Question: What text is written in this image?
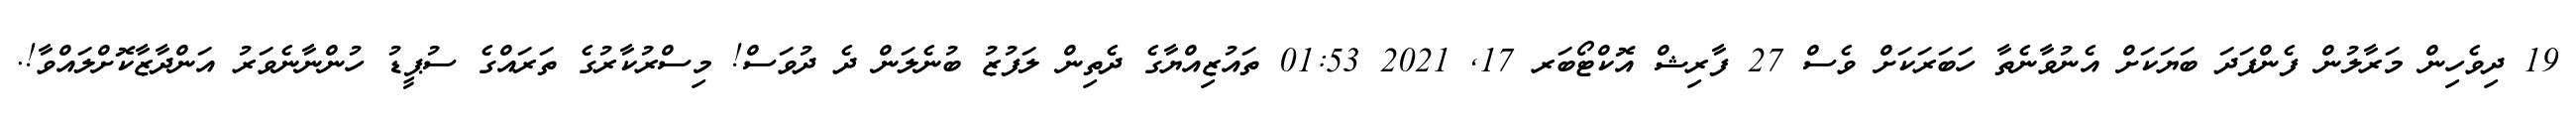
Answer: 19 ދިވެހިން މަރާލުން ފެންފަދަ ބަޔަކަށް އެނުވާނެތާ ހަބަރަކަށް ވެސް 27 ފާރިޝް އޮކްޓޯބަރ 17, 2021 01:53 ތައުޒިއްޔާގެ ދެތިން ލަފުޒު ބުނެލަން ދެ ދުވަސް! މިސްރުކާރުގެ ތަރައްގެ ސުޕީޑު ހުންނާނެވަރު އަންދާޒާކޮށްލައްވާ!.